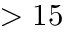
> 1 5